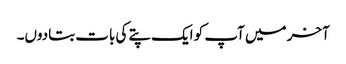
آخر میں آپ کو ایک پتے کی بات بتادوں۔